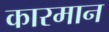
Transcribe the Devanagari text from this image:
कारमान